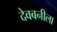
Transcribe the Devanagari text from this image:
देवबनीला